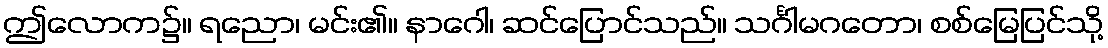
ဤလောက၌။ ရညော၊ မင်း၏။ နာဂေါ၊ ဆင်ပြောင်သည်။ သင်္ဂါမဂတော၊ စစ်မြေပြင်သို့